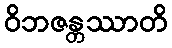
ဝိဘဇန္တဿာတိ